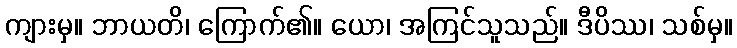
ကျားမှ။ ဘာယတိ၊ ကြောက်၏။ ယော၊ အကြင်သူသည်။ ဒီပိဿ၊ သစ်မှ။